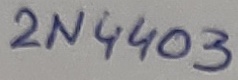
Text: 2N4403